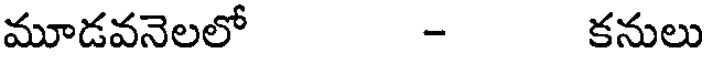
మూడవనెలలో - కనులు